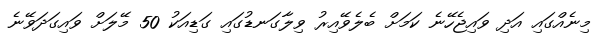
މިނެއްގައި އަދި ވައިޖެހޭނެ ކަމަށް ބެލެވޭއިރު ވިލާގަނޑުގައި ގަޑިއަކު 50 މޭލަށް ވައިގަދަވޭނެ